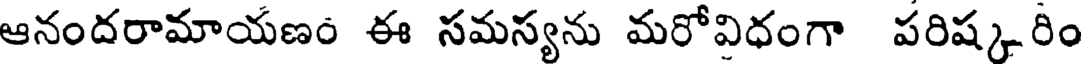
ఆనందరామాయణం ఈ సమస్యను మరోవిధంగా పరిష్క్లరిం